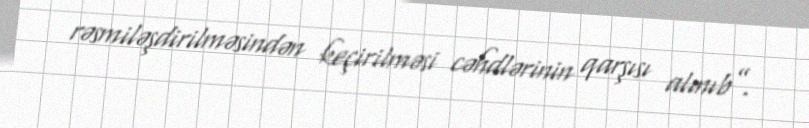
rəsmiləşdirilməsindən keçirilməsi cəhdlərinin qarşısı alınıb”.